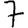
Digit: 7